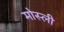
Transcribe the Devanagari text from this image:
मोस्ली